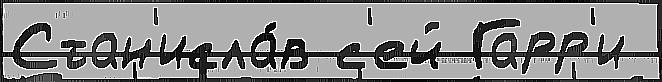
Стан'исла́в с'ей Гарр'и